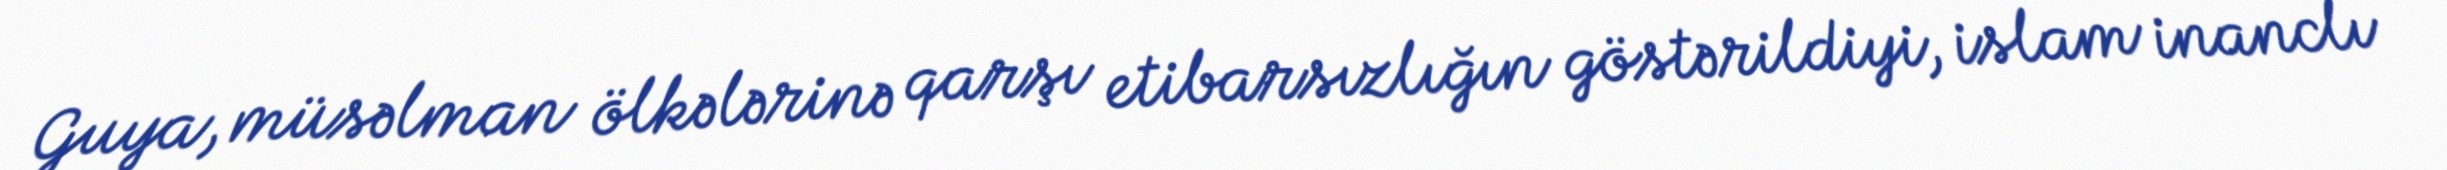
Guya, müsəlman ölkələrinə qarşı etibarsızlığın göstərildiyi, islam inanclı